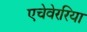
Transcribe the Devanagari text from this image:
एचेवेररिया